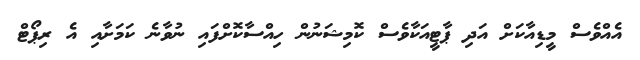
އެއްވެސް މީޑިއާކަށް އަދި ޕާޓީއަކާވެސް ކޮމިޝަނުން ހިއްސާކޮށްފައި ނުވާނެ ކަމަށާއި އެ ރިޕޯޓް